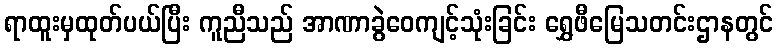
ရာထူးမှထုတ်ပယ်ပြီး ကူညီသည် အာဏာခွဲဝေကျင့်သုံးခြင်း ရွှေဖီမြေသတင်းဌာနတွင်